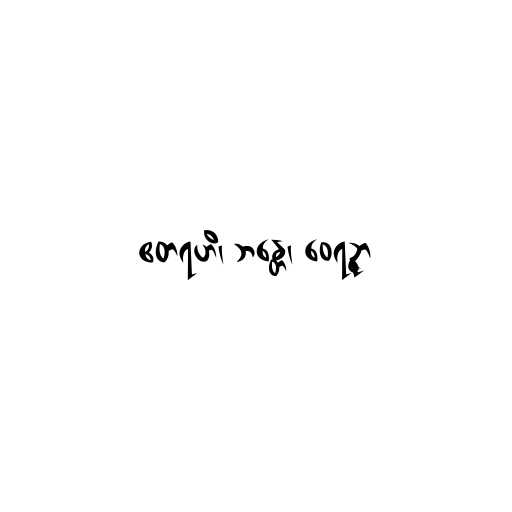
ဧတရဟိ၊ ဘန္တေ၊ ဝေရဉ္ဇာ